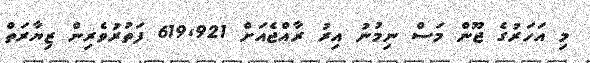
މި އަހަރުގެ ޖޫން މަސް ނިމުނު އިރު ރާއްޖެއަށް 619